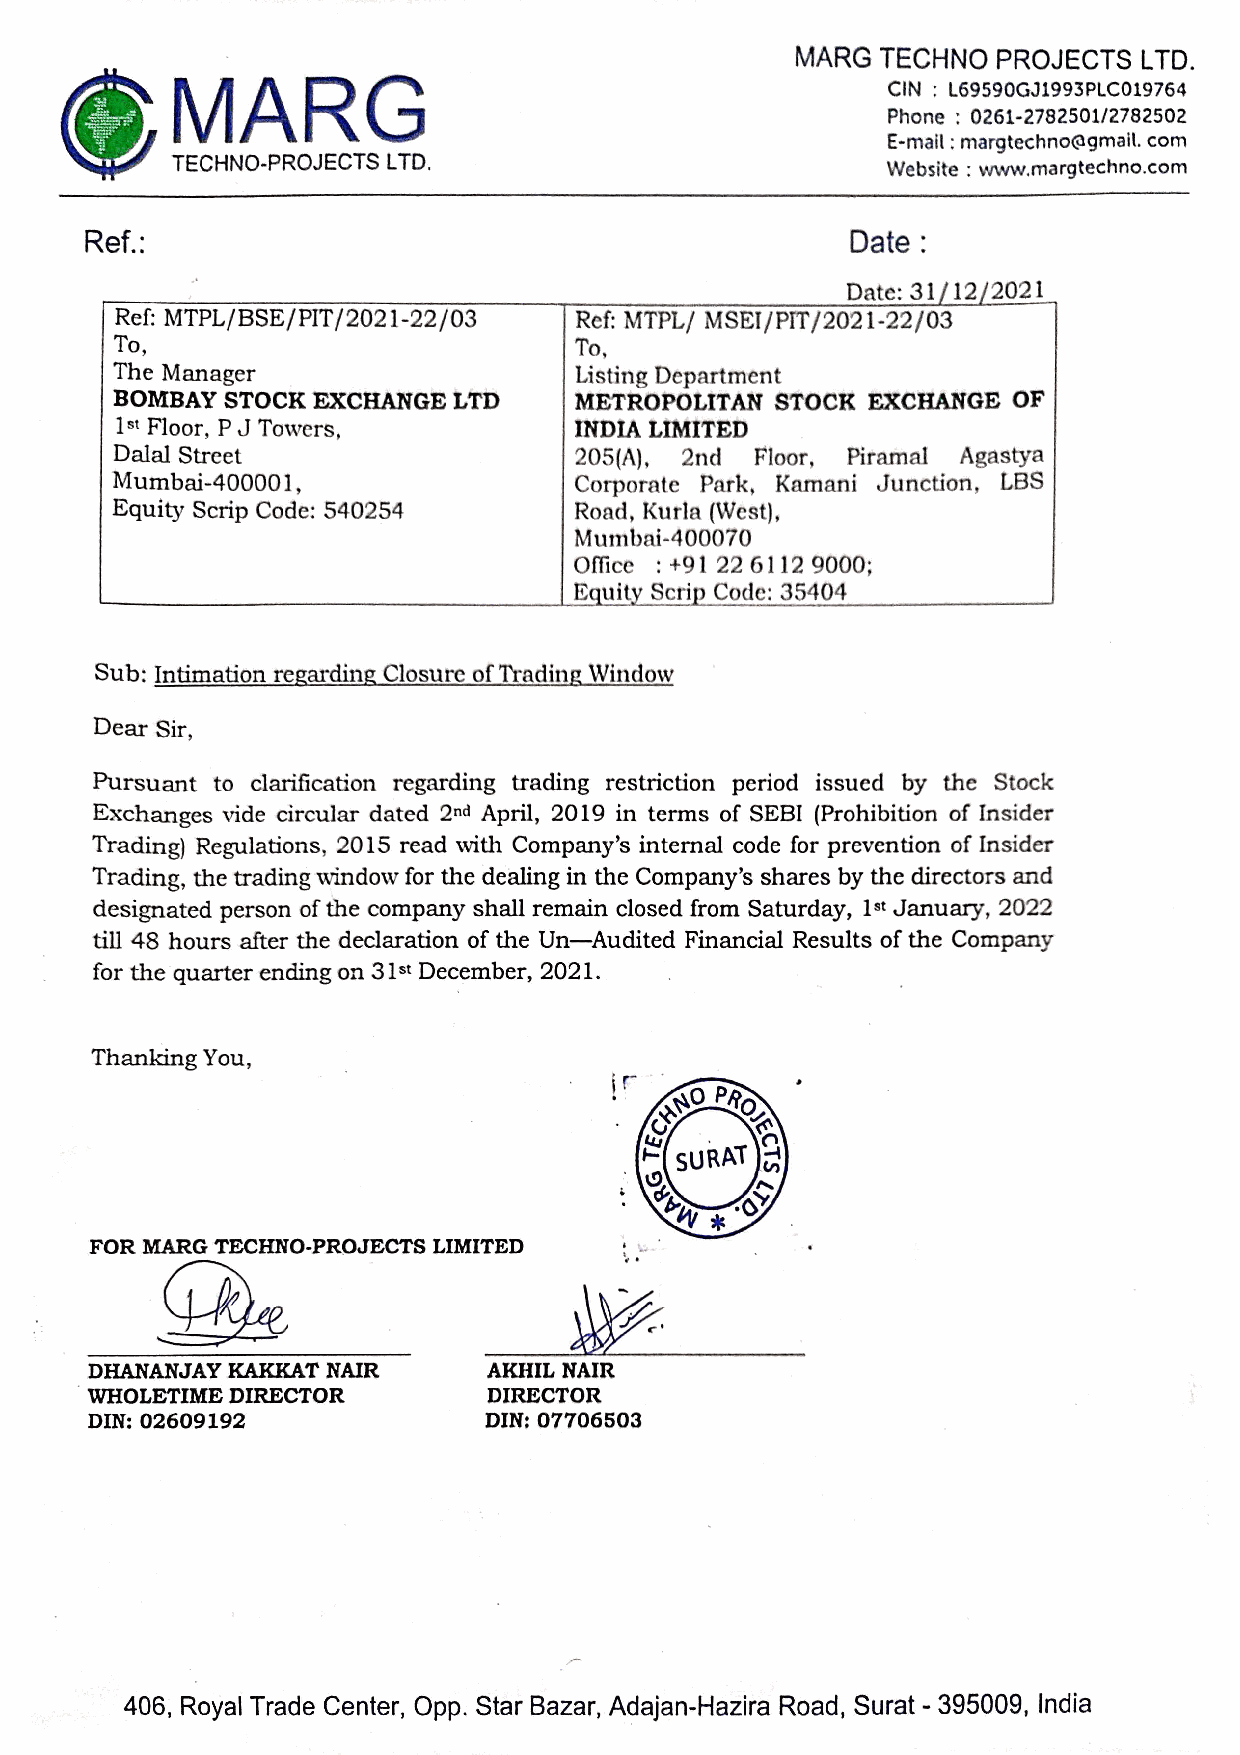
MARG TECHNO  PROJECTS  LTD.
 CIN ; L69590GJ1993PLC019764
 Phone : 0261-2782501/2782502
 E-mail : margtechno@gmail. com
 TECHNO-PROJECTS LTD.                            Website : www.margtechno.com
 Ref.:                                              Date :
 Date: 31/12/2021
 c  MTPL/BSE/PIT/2021-22/03    R ef: MTPL/ MSEI/PIT/2021-22/03
 oO,                          To,
 The Manager                    Listing Department
 BOMBAY  STOCK EXCHANGE LTD     METROPOLITAN STOCK EXCHANGE  OF
 1st Floor, P J Towers,        INDIA LIMITED
 Dalal Street                  205(A), 2nd Floor, Piramal Agastya
 Mumbai-400001,                 Corporate Park, Kamani Junction, LBS
 Equity Scrip Code: 540254      Road, Kurla (West),
 Mumbai-400070
 Office : +91 22 6112 9000;
 Equity Scrip Code: 35404
 Sub: Intimation regarding Closure of Trading Window
 Dear Sir,
 Pursuant to clarification regarding trading restriction period issued by the Stock
 Exchanges vide circular dated 2nd April, 2019 in terms of SEBI (Prohibition of Insider
 Trading) Regulations, 2015 read with Company’s internal code for prevention of Insider
 Trading, the trading window for the dealing in the Company’s shares by the directors and
 designated person of the company shall remain closed from Saturday, 1st January, 2022
 till 48 hours after the declaration of the Un—Audited Financial Results of the Company
 for the quarter ending on 31st December, 2021.
 Thanking You,
 FOR MARG TECHNO-PROJECTS LIMITED
 DHANANJAY KA KKAT NAIR    AKHIL NAIR
 WHOLETIME DIRECTOR        DIRECTOR
 DIN: 02609192             DIN: 07706503
 406, Royal Trade Center, Opp. Star Bazar, Adajan-Hazira Road, Surat - 395009, India